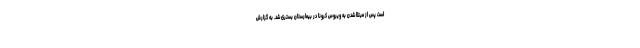
است پس از مبتلا شدن به ویروس کرونا در بیمارستان بستری شد. به گزارش